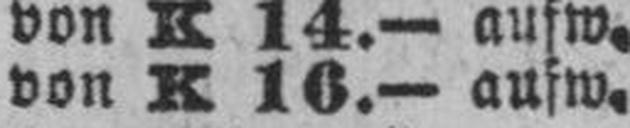
von K 16.— aufw.